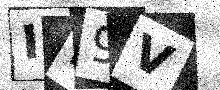
Text: IL9V